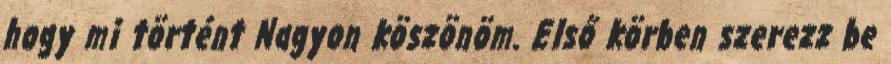
hogy mi történt Nagyon köszönöm. Első körben szerezz be